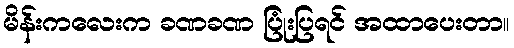
မိန်းကလေးက ခဏခဏ ပြုံးပြရင် အထာပေးတာ။